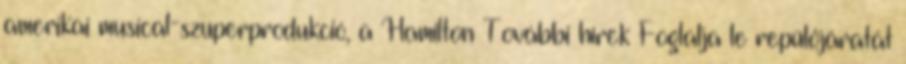
amerikai musical-szuperprodukció, a Hamilton További hírek Foglalja le repülőjáratát